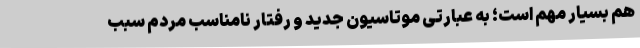
هم بسیار مهم است؛ به عبارتی موتاسیون جدید و رفتار نامناسب مردم سبب